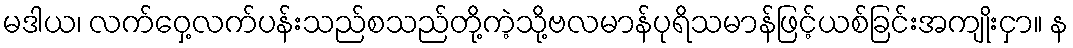
မဒါယ၊ လက်ဝှေ့လက်ပန်းသည်စသည်တို့ကဲ့သို့ဗလမာန်ပုရိသမာန်ဖြင့်ယစ်ခြင်းအကျိုးငှာ။ န